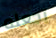
يجعله